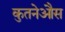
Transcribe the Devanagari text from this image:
कुतनेऔस